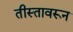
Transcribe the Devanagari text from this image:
तीस्तावरून